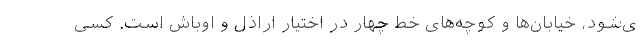
ی‌شود، خیابان‌ها و کوچه‌های خط چهار در اختیار اراذل و اوباش است. کسی